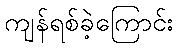
ကျန်ရစ်ခဲ့ကြောင်း